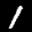
Label: 1